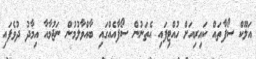
އަލޫކް ސޯފާތައް ކައިރިއަށް ހުއްޓިފައި އެތަނުން ސޯފާއެއްގައި ބާއްވާލުމުން ނަޖުމާއާ އިމާދު ދުވެފައި